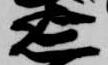
延